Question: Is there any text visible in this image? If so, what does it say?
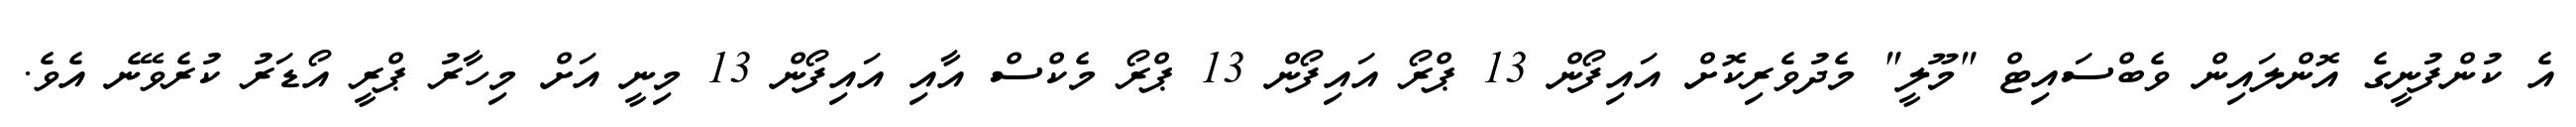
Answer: އެ ކުންފުނީގެ އޮންލައިން ވެބްސައިޓް "މޫލީ" މެދުވެރިކޮށް އައިފޯން 13 ޕްރޯ އައިފޯން 13 ޕްރޯ މެކްސް އާއި އައިފޯން 13 މިނީ އަށް މިހާރު ޕްރީ އޯޑަރު ކުރެވޭނެ އެވެ.